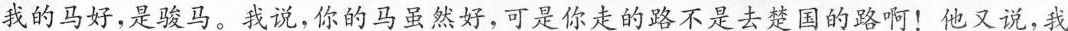
我的马好，是骏马。我说，你的马虽然好，可是你走的路不是去楚国的路啊！他又说，我